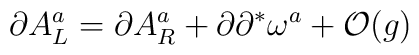
\partial A^a_L = \partial A^a_R + \partial \partial^* \omega^a+ {\cal O}(g)